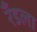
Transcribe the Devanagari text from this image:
रँडला